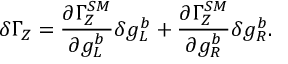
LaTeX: \delta \Gamma _ { Z } = { \frac { \partial \Gamma _ { Z } ^ { S M } } { \partial g _ { L } ^ { b } } } \delta g _ { L } ^ { b } + { \frac { \partial \Gamma _ { Z } ^ { S M } } { \partial g _ { R } ^ { b } } } \delta g _ { R } ^ { b } .